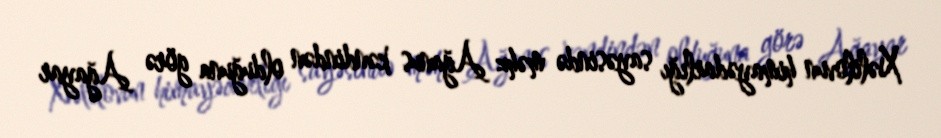
Xəlilovun himayədarlığı sayəsində məhz Ağanus kəndindən olduğuna görə Ağayar